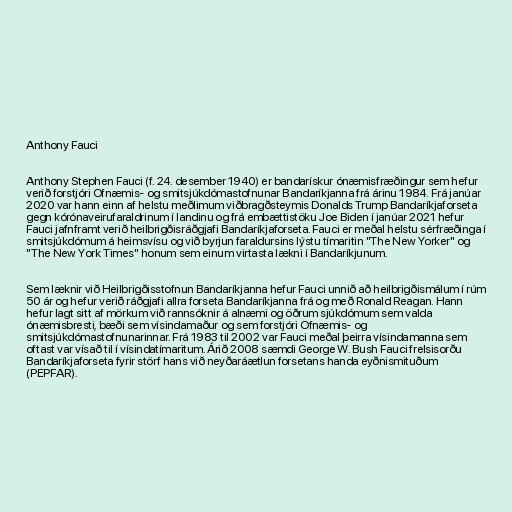
Anthony Fauci

Anthony Stephen Fauci (f. 24. desember 1940) er bandarískur ónæmisfræðingur sem hefur
verið forstjóri Ofnæmis- og smitsjúkdómastofnunar Bandaríkjanna frá árinu 1984. Frá janúar
2020 var hann einn af helstu meðlimum viðbragðsteymis Donalds Trump Bandaríkjaforseta
gegn kórónaveirufaraldrinum í landinu og frá embættistöku Joe Biden í janúar 2021 hefur
Fauci jafnframt verið heilbrigðisráðgjafi Bandaríkjaforseta. Fauci er meðal helstu sérfræðinga í
smitsjúkdómum á heimsvísu og við byrjun faraldursins lýstu tímaritin "The New Yorker" og
"The New York Times" honum sem einum virtasta lækni í Bandaríkjunum.

Sem læknir við Heilbrigðisstofnun Bandaríkjanna hefur Fauci unnið að heilbrigðismálum í rúm
50 ár og hefur verið ráðgjafi allra forseta Bandaríkjanna frá og með Ronald Reagan. Hann
hefur lagt sitt af mörkum við rannsóknir á alnæmi og öðrum sjúkdómum sem valda
ónæmisbresti, bæði sem vísindamaður og sem forstjóri Ofnæmis- og
smitsjúkdómastofnunarinnar. Frá 1983 til 2002 var Fauci meðal þeirra vísindamanna sem
oftast var vísað til í vísindatímaritum. Árið 2008 sæmdi George W. Bush Fauci frelsisorðu
Bandaríkjaforseta fyrir störf hans við neyðaráætlun forsetans handa eyðnismituðum
(PEPFAR).